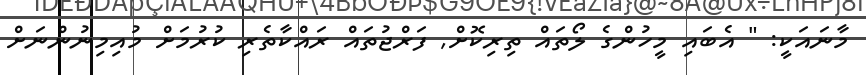
މާނައަކީ: " އެބައި މީހުންގެ ލޯތައް ތިރިކޮށް